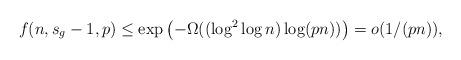
LaTeX: \begin{align*}f(n, s_g-1 ,p) \le \exp \left( - \Omega( (\log^2 \log n) \log(pn) ) \right) = o(1/(pn)),\end{align*}